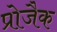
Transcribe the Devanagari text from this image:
प्रोजैक